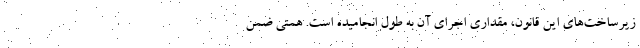
زیرساخت‌های این قانون، مقداری اجرای آن به طول انجامیده است. همتی ضمن